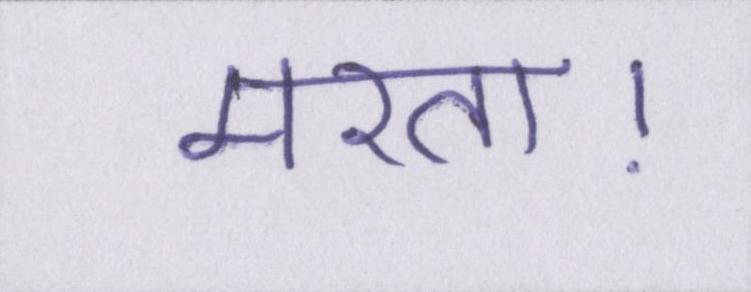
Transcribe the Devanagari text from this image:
मरता।